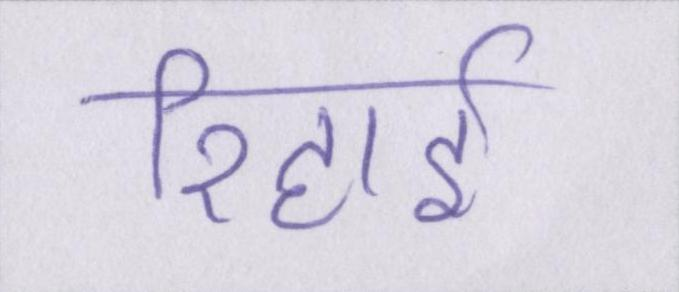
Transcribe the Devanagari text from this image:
रिहाई